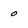
Character: o